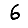
Digit: 6